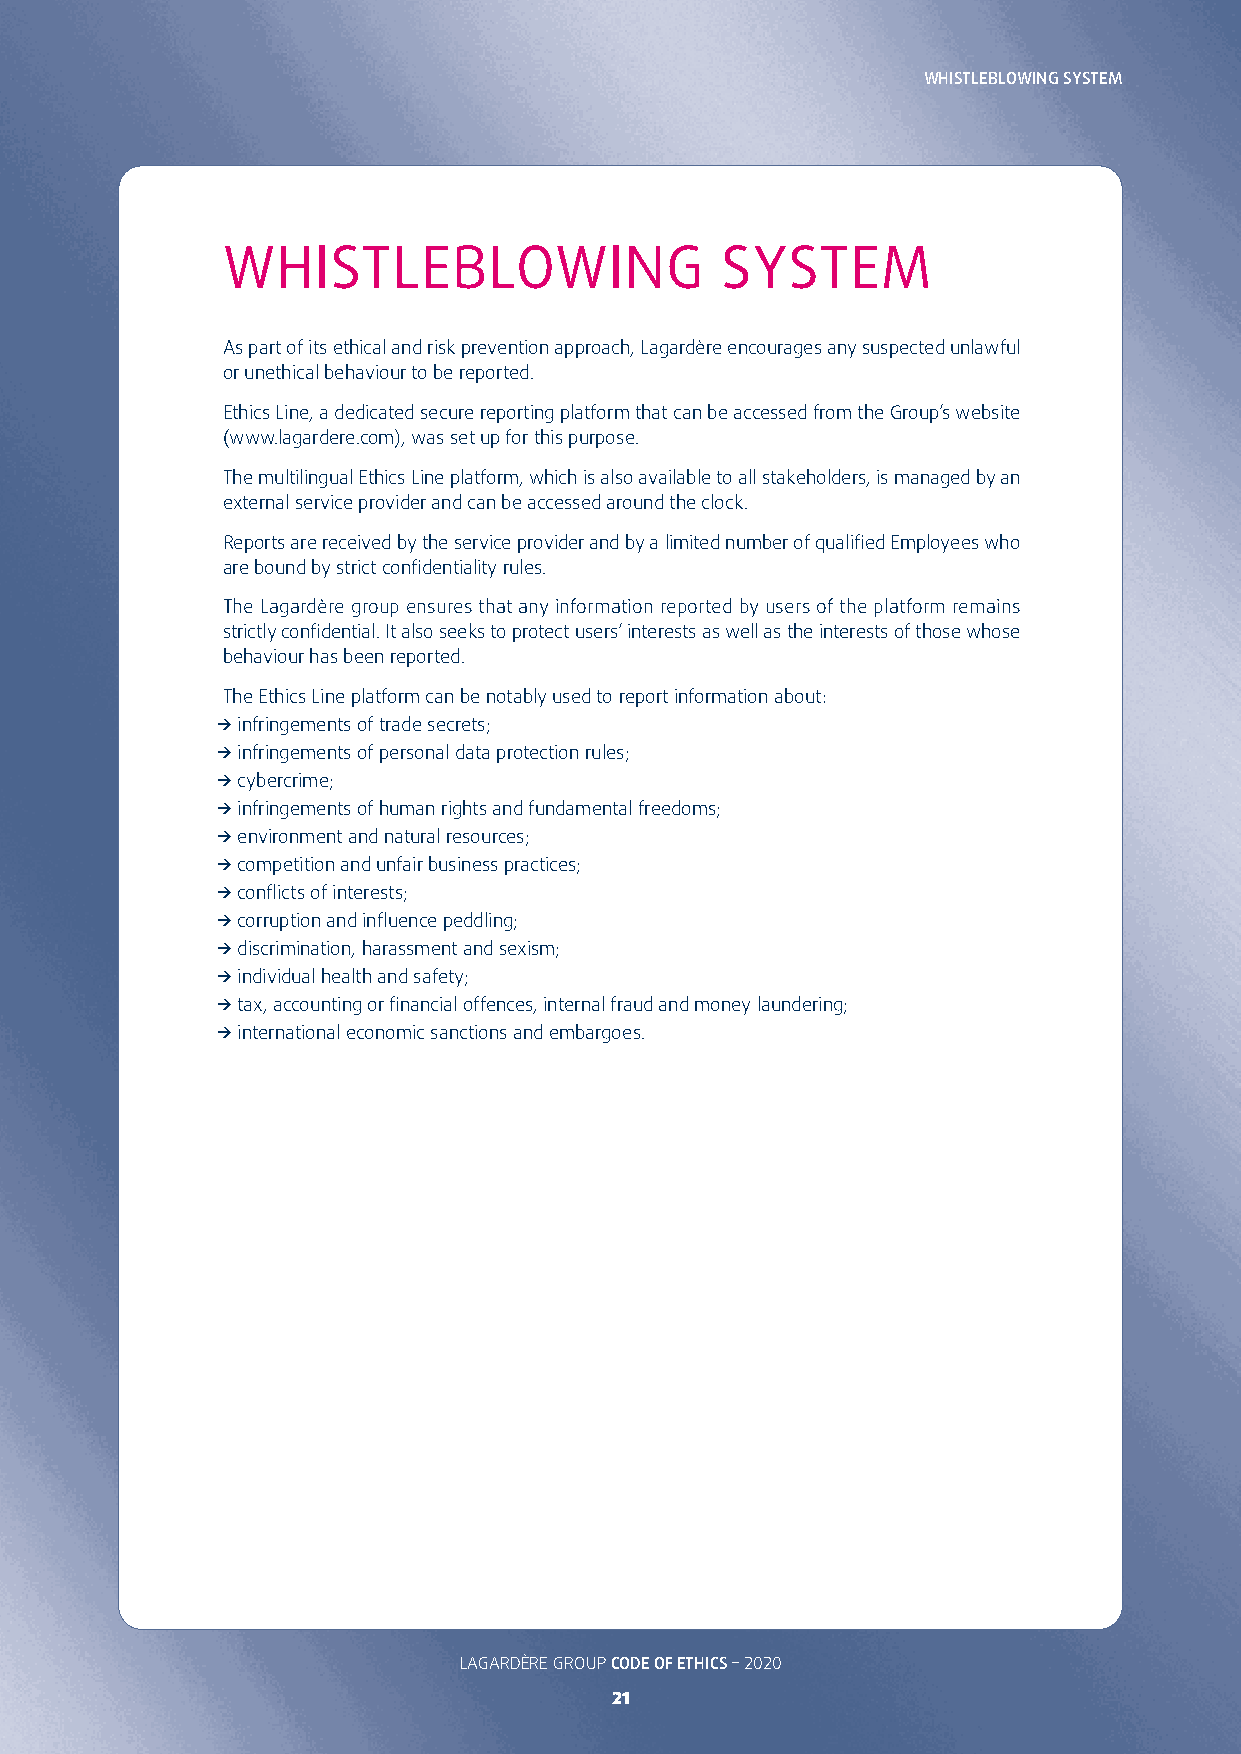
WHISTLEBLOWING SYSTEM
 WHISTLEBLOWING                   SYSTEM
 As part of its ethical and risk prevention approach, Lagardère encourages any suspected unlawful
 or unethical behaviour to be reported�
 Ethics Line, a dedicated secure reporting platform that can be accessed from the Group’s website
 (www�lagardere�com), was set up for this purpose�
 The multilingual Ethics Line platform, which is also available to all stakeholders, is managed by an
 external service provider and can be accessed around the clock�
 Reports are received by the service provider and by a limited number of qualified Employees who
 are bound by strict confidentiality rules�
 The Lagardère group ensures that any information reported by users of the platform remains
 strictly confidential� It also seeks to protect users’ interests as well as the interests of those whose
 behaviour has been reported�
 The Ethics Line platform can be notably used to report information about:
 _ infringements of trade secrets;
 _ infringements of personal data protection rules;
 _ cybercrime;
 _ infringements of human rights and fundamental freedoms;
 _ environment and natural resources;
 _ competition and unfair business practices;
 _ conflicts of interests;
 _ corruption and influence peddling;
 _ discrimination, harassment and sexism;
 _ individual health and safety;
 _ tax, accounting or financial offences, internal fraud and money laundering;
 _ international economic sanctions and embargoes�
 LAGARDÈRE GROUP CODE OF ETHICS – 2020                                              LAGARDÈRE GROUP CODE OF ETHICS – 2020
 21